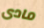
مادى